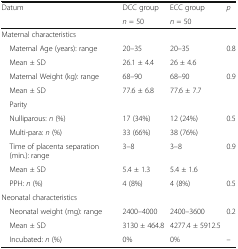
<table><thead><tr><td rowspan="2"><b>Datum</b></td><td><b>DCC group</b></td><td><b>ECC group</b></td><td rowspan="2"><b><i>p</i></b></td></tr><tr><td><b><i>n</i> = 50</b></td><td><b><i>n</i> = 50</b></td></tr></thead><tbody><tr><td colspan="4">Maternal characteristics</td></tr><tr><td> Maternal Age (years): range</td><td>20–35</td><td>20–35</td><td rowspan="2">0.8</td></tr><tr><td> Mean ± SD</td><td>26.1 ± 4.4</td><td>26 ± 4.6</td></tr><tr><td> Maternal Weight (kg): range</td><td>68–90</td><td>68–90</td><td rowspan="2">0.9</td></tr><tr><td> Mean ± SD</td><td>77.6 ± 6.8</td><td>77.6 ± 7.7</td></tr><tr><td colspan="4"> Parity</td></tr><tr><td> Nulliparous: <i>n</i> (%)</td><td>17 (34%)</td><td>12 (24%)</td><td rowspan="2">0.5</td></tr><tr><td> Multi-para: <i>n</i> (%)</td><td>33 (66%)</td><td>38 (76%)</td></tr><tr><td> Time of placenta separation (min.): range</td><td>3–8</td><td>3–8</td><td rowspan="2">0.9</td></tr><tr><td> Mean ± SD</td><td>5.4 ± 1.3</td><td>5.4 ± 1.6</td></tr><tr><td> PPH: <i>n</i> (%)</td><td>4 (8%)</td><td>4 (8%)</td><td>0.5</td></tr><tr><td colspan="4">Neonatal characteristics</td></tr><tr><td> Neonatal weight (mg): range</td><td>2400–4000</td><td>2400–3600</td><td rowspan="2">0.2</td></tr><tr><td> Mean ± SD</td><td>3130 ± 464.8</td><td>4277.4 ± 5912.5</td></tr><tr><td> Incubated: <i>n</i> (%)</td><td>0%</td><td>0%</td><td>–</td></tr></tbody></table>